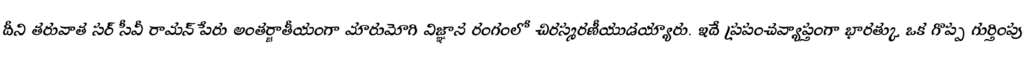
దీని తరువాత సర్ సీవీ రామన్ పేరు అంతర్జాతీయంగా మారుమోగి విజ్ఞాన రంగంలో చిరస్మరణీయుడయ్యారు. ఇదే ప్రపంచవ్యాప్తంగా భారత్కు ఒక గొప్ప గుర్తింపు